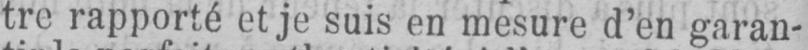
tre rapporté et je suis en mesure d’en garan-